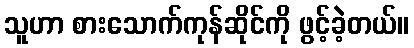
သူဟာ စားသောက်ကုန်ဆိုင်ကို ဖွင့်ခဲ့တယ်။